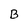
Character: B